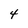
Character: 4